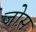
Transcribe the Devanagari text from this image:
जोस़